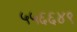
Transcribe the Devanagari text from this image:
५५६६४९